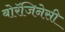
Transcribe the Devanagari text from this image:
बोरॅजिनेसी